Report on sanitation, dispensaries, and jails in Rajputana for 1910, and on vaccination for the year 1910-1911 - 1910-1911
Year: 1910
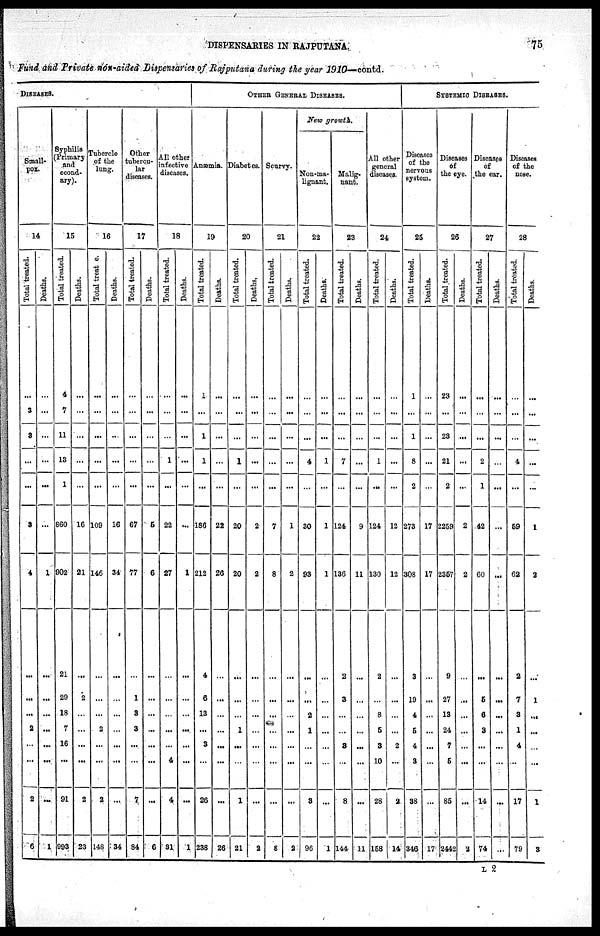
DISPENSARIES IN RAJPUTANA.
75
Fund and Private non-aided Dispensaries of Rajputana during the year 1910— contd.
DISEASES.
Small¬
pox.
14
Total treated.
...
3
3
...
...
3
4
...
...
...
2
...
...
2
6
Deaths.
...
...
...
...
...
...
1
...
...
...
...
...
...
...
1
Syphilia
(Primary
and
econd¬
ary).
15
Total treated.
4
7
11
13
1
860
902
21
29
18
7
16
...
91
993
Deaths.
...
...
...
...
...
16
21
...
2
...
...
...
...
2
23
Tubercle
of the
lung.
16
Total treated.
...
...
...
...
...
109
146
...
...
...
2
...
...
2
148
Deaths.
...
...
...
...
...
16
34
...
...
...
...
...
...
...
34
Other
tubercu¬
diseases.
17
Total treated.
...
...
...
...
...
67
77
...
1
3
3
...
...
7
84
Deaths.
...
...
...
...
...
5
6
...
...
...
...
...
...
...
6
All other
infective
diseases.
18
Total treated.
...
...
...
1
...
22
27
...
...
...
...
...
4
4
31
Deaths.
...
...
...
...
...
...
1
...
...
...
...
...
...
...
1
OTHER GENERAL DISEASES.
Anæmia.
19
Total treated.
1
...
1
1
...
186
212
4
6
13
...
3
...
26
238
Deaths.
...
...
...
...
...
22
26
...
...
...
...
...
...
...
26
Diabetes.
20
Total treated.
...
...
...
1
...
20
20
...
...
...
1
...
...
1
21
Deaths.
...
...
...
...
...
2
2
...
...
...
...
...
...
...
2
Scurvy.
21
Total treated.
...
...
...
...
...
7
8
...
...
...
...
...
...
...
8
Deaths.
...
...
...
...
...
1
2
...
...
...
...
...
...
...
2
New growth.
Non-ma-
lignant.
22
Total treated.
...
...
...
4
...
30
93
...
...
2
1
...
...
3
96
Deaths.
...
...
...
1
...
1
1
...
...
...
...
...
...
...
1
Malig¬
nant.
23
Total treated.
...
...
...
7
...
124
136
2
3
...
...
3
...
8
144
Deaths.
...
...
...
...
...
9
11
...
...
...
...
...
...
...
11
All other
general
diseases.
24
Total treated.
...
...
...
1
...
124
130
2
...
8
5
3
10
28
158
Deaths.
...
...
...
...
...
12
12
...
...
...
...
2
...
2
14
SYSTEMIC DISEASES.
Diseases
of the
nervous
system.
25
Total treated.
1
...
1
8
2
273
308
3
19
4
5
4
3
38
346
Deaths.
...
...
...
...
...
17
17
...
...
...
...
...
...
...
17
Diseases
of
the eye.
26
Total treated.
23
...
23
21
2
2259
2357
9
27
13
24
7
5
85
2442
Deaths.
...
...
...
...
...
2
2
...
...
...
...
...
...
...
2
Diseases
of
the ear.
27
Total treated.
...
...
...
2
1
42
60
...
6
6
3
...
...
14
74
Deaths.
...
...
...
...
...
...
...
...
...
...
...
...
...
...
...
Diseases
of the
nose.
28
Total treated.
...
...
...
4
...
59
62
2
7
3
1
4
...
17
79
Deaths.
...
...
...
...
...
1
2
...
1
...
...
...
...
1
3
L 2